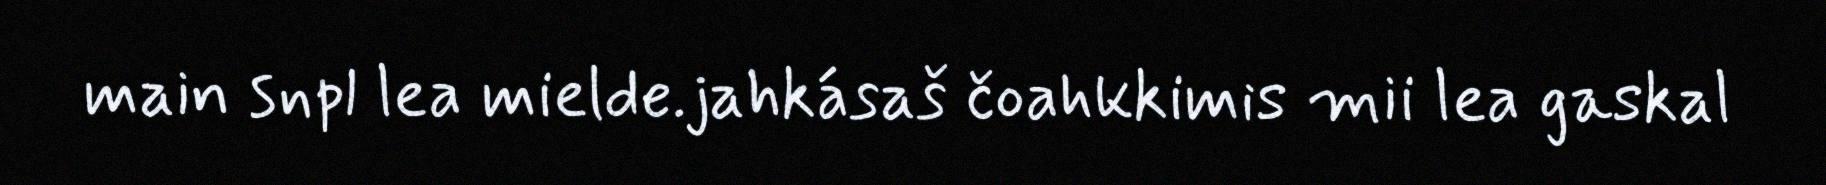
main snpl lea mielde.jahkásaš čoahkkimis mii lea gaskal